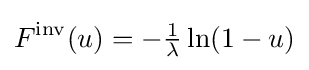
F^{\mathrm {inv} }(u)=-{\tfrac {1}{\lambda }}\ln(1-u)